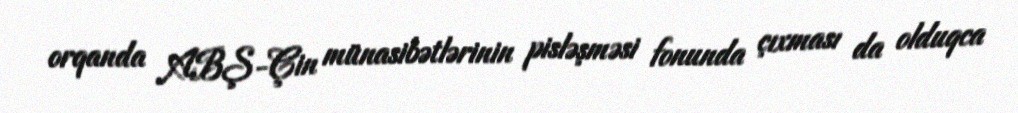
orqanda ABŞ-Çin münasibətlərinin pisləşməsi fonunda çıxması da olduqca